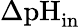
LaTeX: \Delta\textrm{pH}_{\textrm{in}}